Annual report of the Punjab Veterinary College and of the Civil Veterinary Department, Punjab - 1920-1925
Year: 1920
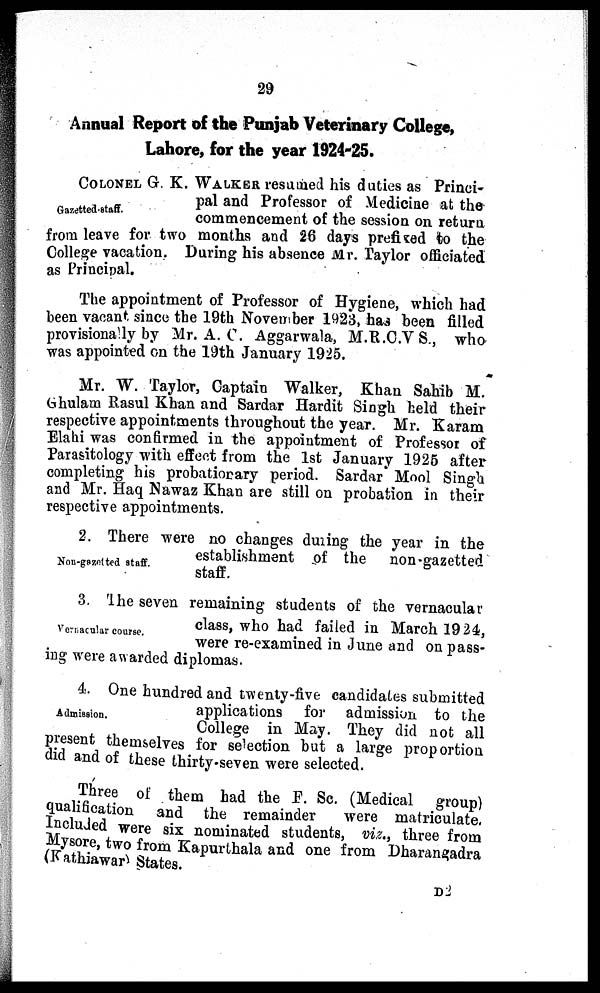
29
Annual Report of the Punjab Veterinary College,
Lahore, for the year 1924-25.
Gazetted-staff.
COLONEL G. K. WALKER resumed his duties as Princi-
pal and Professor of Medicine at the
commencement of the session on return
from leave for two months and 26 days prefixed to the
College vacation. During his absence Mr. Taylor officiated
as Principal.
The appointment of Professor of Hygiene, which had
been vacant since the 19th November 1923, has been filled
provisionally by Mr. A. C. Aggarwala, M.R.C.VS., who
was appointed on the 19th January 1925.
Mr. W. Taylor, Captain Walker, Khan Sahib M.
Ghulam Rasul Khan and Sardar Hardit Singh held their
respective appointments throughout the year. Mr. Karam
Elahi was confirmed in the appointment of Professor of
Parasitology with effect from the 1st January 1925 after
completing his probationary period. Sardar Mool Singh
and Mr. Haq Nawaz Khan are still on probation in their
respective appointments.
Non-gazetted staff.
2. There were no changes during the year in the
establishment of the
non-gazetted
staff.
Vernacular course.
3. The seven remaining students of the vernacular
class, who had failed in March 1924,
were re-examined in June and on pass-
ing were awarded diplomas.
Admission.
4. One hundred and twenty-five candidates submitted
applications for admission to the
College in May. They did not all
present themselves for selection but a large proportion
did and of these thirty-seven were selected.
Three of them had the F. Sc. (Medical group)
qualification
and the remainder
were matriculate,
Included were six nominated students, viz., three from
Mysore, two from Kapurthala and one from Dharangadra
(Kathiawar States.
D2